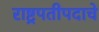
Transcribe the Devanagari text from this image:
राष्ट्रपतीपदाचे